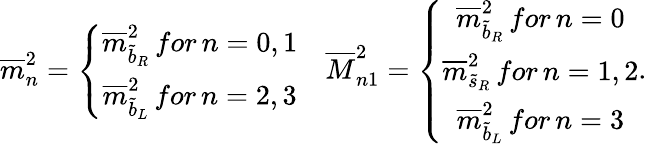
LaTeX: \begin{array}{cc}{{\overline{{{m}}}_{n}^{2}=\left\{ \begin{array}{c}{{\overline{{{m}}}_{\widetilde{b}_{R}}^{2}\, for\, n=0,1}}\\ {{\overline{{{m}}}_{\widetilde{b}_{L}}^{2}\, for\, n=2,3}}\end{array}\right.}}&{{\overline{{{M}}}_{n1}^{2}=\left\{ \begin{array}{c}{{\overline{{{m}}}_{\widetilde{b}_{R}}^{2}\, for\, n=0}}\\ {{\overline{{{m}}}_{\widetilde{s}_{R}}^{2}\, for\, n=1,2}}\\ {{\overline{{{m}}}_{\widetilde{b}_{L}}^{2}\, for\, n=3}}\end{array}\right.}}\end{array}.